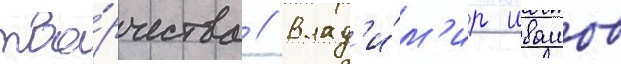
тво́рчества // Влад'и́м'ир ивашов